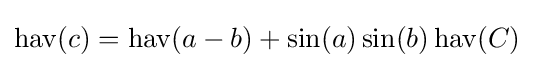
\operatorname {hav} (c)=\operatorname {hav} (a-b)+\sin(a)\sin(b)\operatorname {hav} (C)